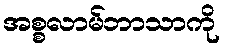
အစ္စလာမ်ဘာသာကို